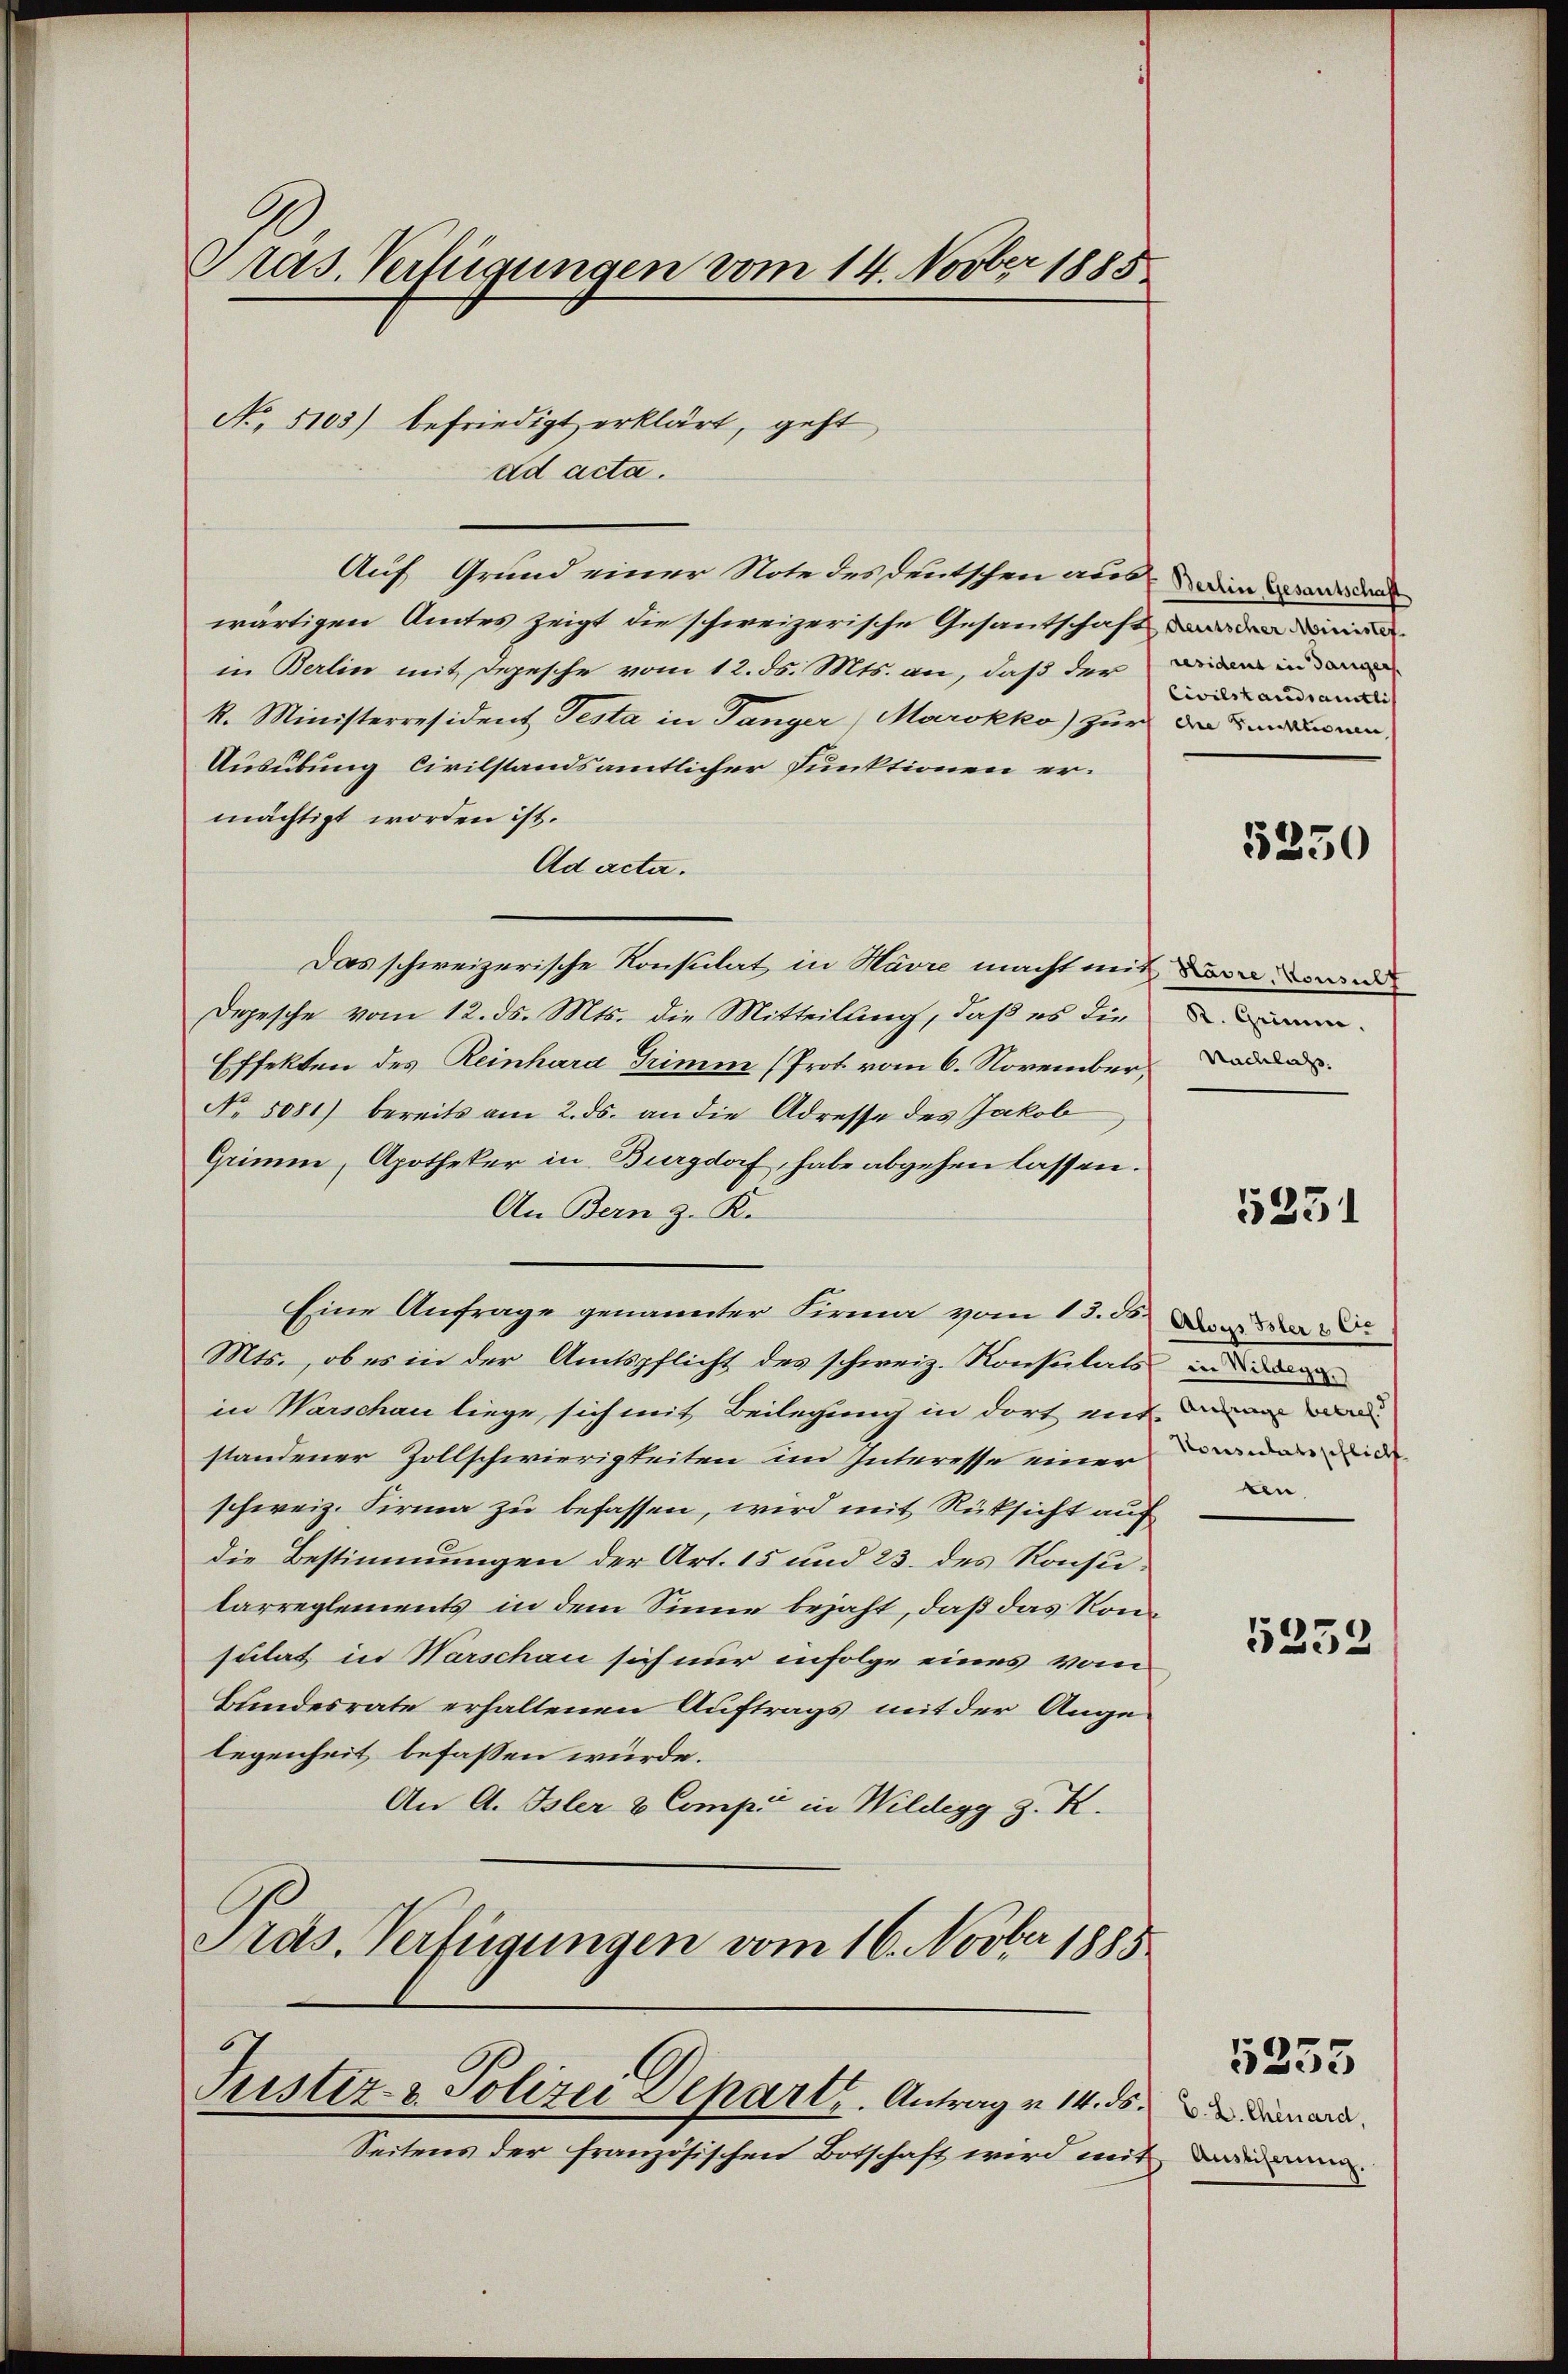
Präs. Verfügungen vom 14. Novber 1885

No. 5103) befriedigt erklärt, geht
ad acta.

Auf Grund einer Note des deutschen aus die Exsanwal
wärtigen Amtes zeigt die schweizerische Gesantschaft
in Berlin mit Depesche vom 12. ds. Mts. an, daß der wie in
k. Ministerresident Testa in Tanger, Marokko) zur da senden
Ausübung civilstandsamtlicher Funktionen er-
mächtigt worden ist.
Ad acta.
Das schweizerische Konsulat in Havre macht mit
Depesche vom 12. ds. Mts. die Mitteilung, daß es die
Effekten des Reinhard Trimm (Prot vom 6. November d
No 5081) bereits am 2. ds. an die Adresse des Jakob
Grimm, Apotheker in Burgdorf, habe abgehen lassen.
An Bern z. K.
Eine Anfrage genannter Firma vom 13. d. d
Mts., ob es in der Amtspflicht des schweiz. Konsulats in
in Warschau liege sich mit Beilegung in dort mir dann un
standener Zollschwierigkeiten im Interesse einer wieder de
schweiz. Firma zu befassen, wird mit Rüksicht auf
die Bestimmungen der Art. 15 und 23. des Konsutarreglements in dem Sinne bejaht, daß das Konsulat in Warschau sich nur infolge eines vom
Bundesrate erhaltenen Auftrags mit der Angelegenheit befassen würde.
An A. Isler & Compić in Wildegg z. K.
Pras. Verfügungen vom 16. Novber 1885

Pustiz- & Polizei Departe. Antrag v. 14. ds.

Seitens der französischen Botschaft wird mit

Civilstandsamtli

5250

5251

ten.

5232

V. D. Chenard,
 Auslehrung.

5255